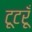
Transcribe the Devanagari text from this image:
टूटरूँ